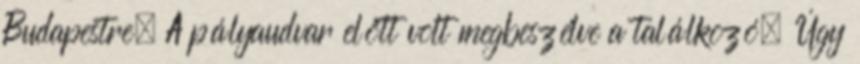
Budapestre. A pályaudvar előtt volt megbeszélve a találkozó. Úgy